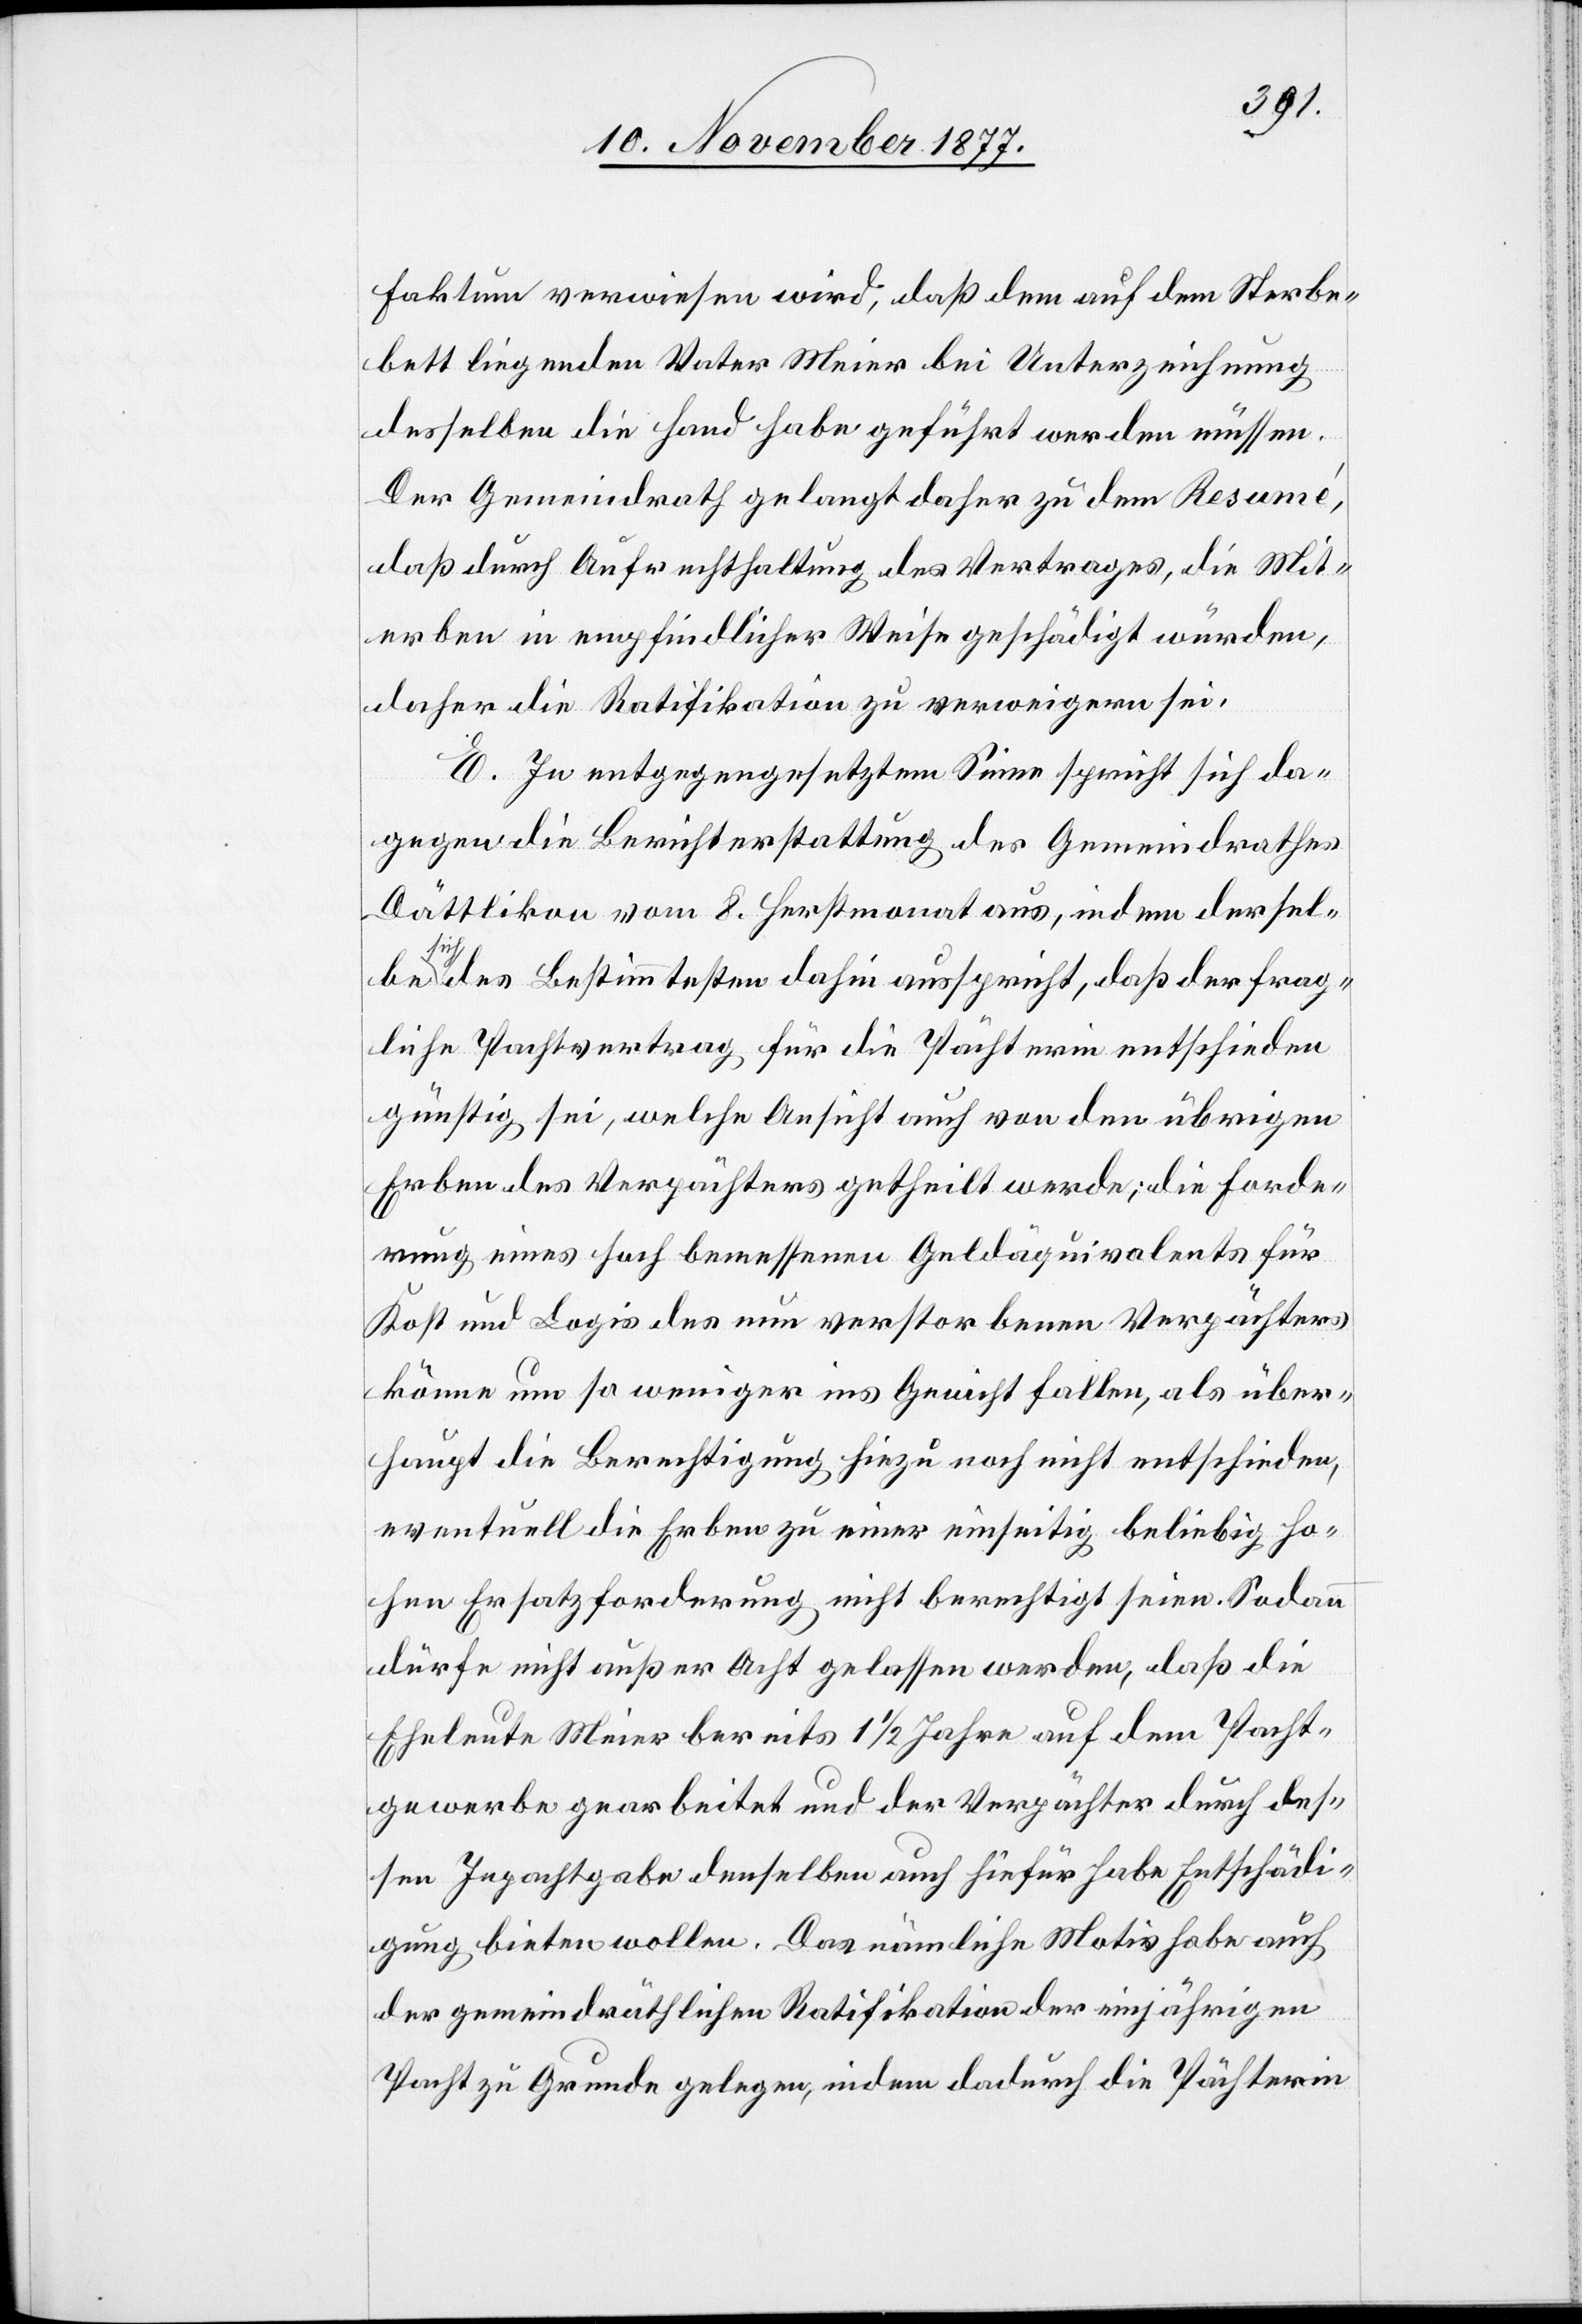
Faktum verwiesen wird, daß dem auf dem Sterbe¬
bett liegenden Vater Meier bei Unterzeichnung
desselben die Hand habe geführt werden müssen.
Der Gemeindrath Gelangt daher zu dem Resumé,
daß durch Aufrechthaltung des Vertrages, die Mit¬
erben in empfindlicher Weise geschädigt würden,
daher die Ratifikation zu verweigern sei.
E. In entgegengesetztem Sinne spricht sich da¬
gegen die Berichterstattung des Gemeindrathes
Dättlikon vom 8. Her[b]stmonat aus, indem dersel¬
be sich des Bestimmtesten dahin ausspricht, daß der frag¬
liche Pachtvertrag für die Pächterin entschieden
günstig sei, welche Ansicht auch von den übrigen
Erben des Verpächters getheilt werde; die Forde¬
rung eines hoch bemessenen Geldäquivalents für
Kost und Logis des nun verstorbenen Verpächters
könne um so weniger ins Gewicht fallen, als über¬
haupt die Berechtigung hiezu noch nicht entschieden,
eventuell die Erben zu einer einseitig beliebig ho¬
hen Ersatzforderung nicht berechtigt seien. Sodann
dürfe nicht außer Acht gelassen werden, daß die
Eheleute Meier bereits 1 1/2 Jahre auf dem Pacht¬
gewerbe gearbeitet und der Verpächter durch des¬
sen Inpachtgabe denselben auch hiefür habe Entschädi¬
gung bieten wollen. Das nämliche Motiv habe auch
der gemeindräthlichen Ratifikation der einjährigen
Pacht zu Grunde gelegen, indem dadurch die Pächterin